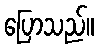
ပြောသည်။